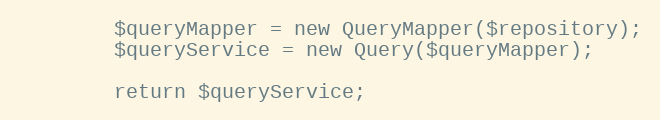
Language: PHP
        $queryMapper = new QueryMapper($repository);
        $queryService = new Query($queryMapper);

        return $queryService;